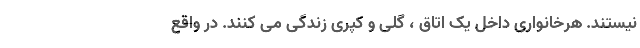
نیستند. هرخانواری داخل یک اتاق ، گلی و کپری زندگی می کنند. در واقع